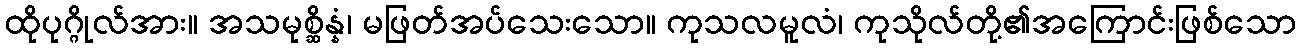
ထိုပုဂ္ဂိုလ်အား။ အသမုစ္ဆိန္နံ၊ မဖြတ်အပ်သေးသော။ ကုသလမူလံ၊ ကုသိုလ်တို့၏အကြောင်းဖြစ်သော